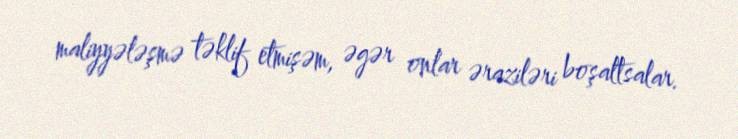
maliyyələşmə təklif etmişəm, əgər onlar əraziləri boşaltsalar.